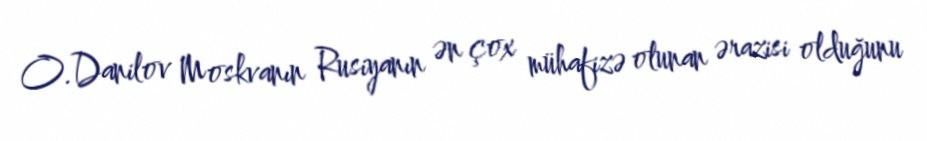
O.Danilov Moskvanın Rusiyanın ən çox mühafizə olunan ərazisi olduğunu